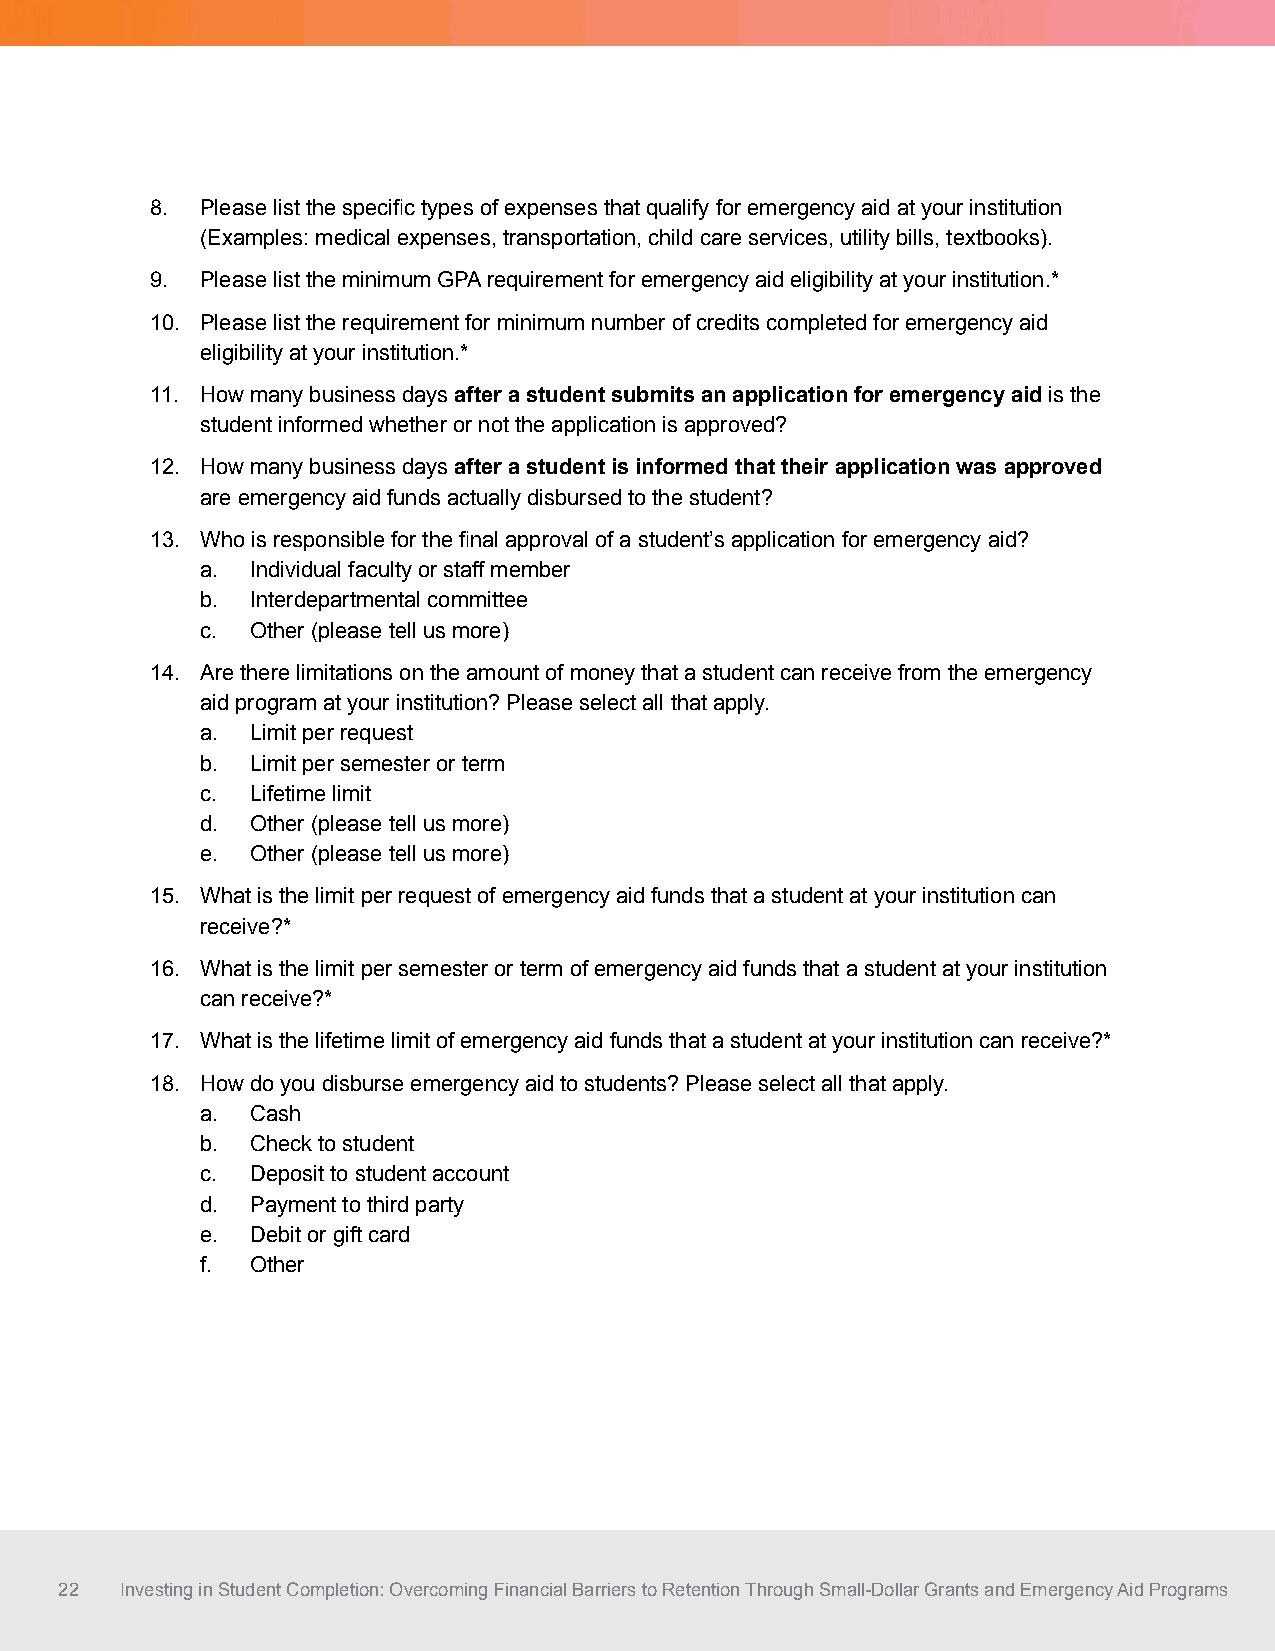
8. Please list the specific types of expenses that qualify for emergency aid at your institution
 (Examples: medical expenses, transportation, child care services, utility bills, textbooks).
 9. Please list the minimum GPA requirement for emergency aid eligibility at your institution.*
 10. Please list the requirement for minimum number of credits completed for emergency aid
 eligibility at your institution.*
 11. How many business days after a student submits an application for emergency aid is the
 student informed whether or not the application is approved?
 12. How many business days after a student is informed that their application was approved
 are emergency aid funds actually disbursed to the student?
 13. Who is responsible for the final approval of a student’s application for emergency aid?
 a.  Individual faculty or staff member
 b.  Interdepartmental committee
 c.  Other (please tell us more)
 14. Are there limitations on the amount of money that a student can receive from the emergency
 aid program at your institution? Please select all that apply.
 a.  Limit per request
 b.  Limit per semester or term
 c.  Lifetime limit
 d.  Other (please tell us more)
 e.  Other (please tell us more)
 15. What is the limit per request of emergency aid funds that a student at your institution can
 receive?*
 16. What is the limit per semester or term of emergency aid funds that a student at your institution
 can receive?*
 17. What is the lifetime limit of emergency aid funds that a student at your institution can receive?*
 18. How do you disburse emergency aid to students? Please select all that apply.
 a.  Cash
 b.  Check to student
 c.  Deposit to student account
 d.  Payment to third party
 e.  Debit or gift card
 f.  Other
 22  Investing in Student Completion: Overcoming Financial Barriers to Retention Through Small-Dollar Grants and Emergency Aid Programs